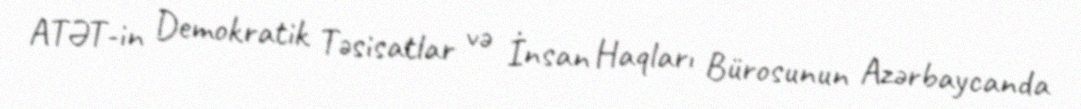
ATƏT-in Demokratik Təsisatlar və İnsan Haqları Bürosunun Azərbaycanda